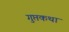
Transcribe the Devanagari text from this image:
गुप्तकथा